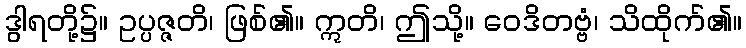
ဒွါရတို့၌။ ဥပ္ပဇ္ဇတိ၊ ဖြစ်၏။ ဣတိ၊ ဤသို့။ ဝေဒိတဗ္ဗံ၊ သိထိုက်၏။